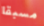
مسبقا